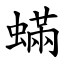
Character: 蟎